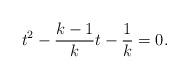
LaTeX: \begin{align*}t^2-\frac{k-1}{k}t-\frac{1}{k}=0.\end{align*}